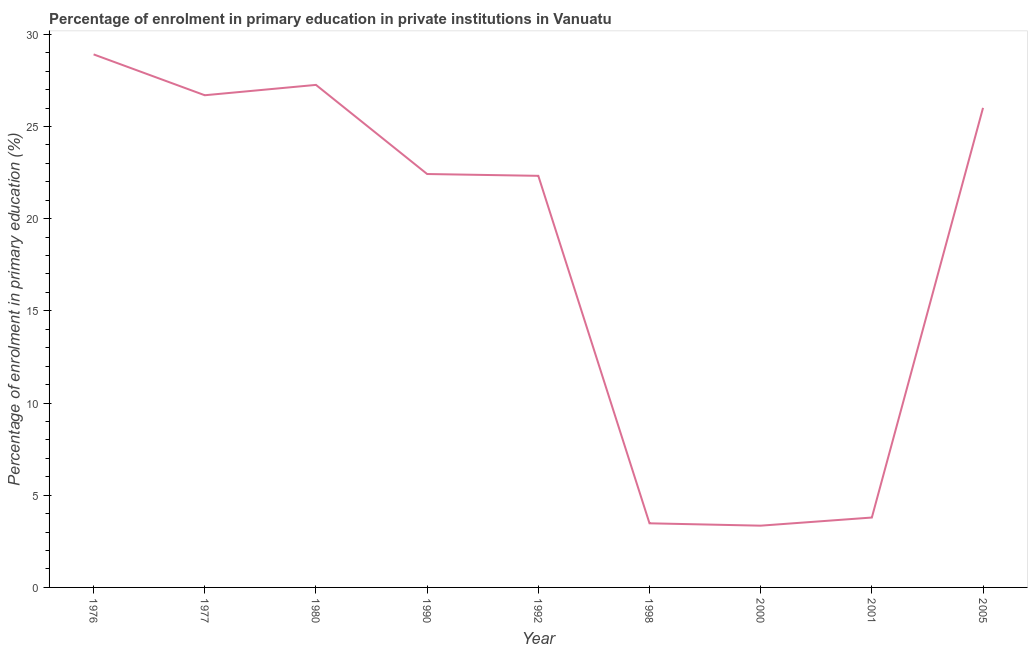
| Year | Enrolment  |
 | --- | --- |
 | 1976 | 28.9 |
 | 1977 | 26.7 |
 | 1980 | 27.3 |
 | 1990 | 22.4 |
 | 1992 | 22.3 |
 | 1998 | 3.48 |
 | 2000 | 3.35 |
 | 2001 | 3.79 |
 | 2005 | 26 |